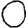
Digit: 0